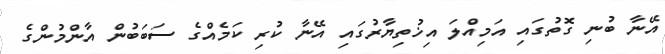
އޭނާ ބުނި ގޮތުގައި އަމިއްލަ އިޚުތިޔާރުގައި އޭނާ ކުރި ކަމެއްގެ ސަބަބުން އާންމުންގެ